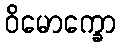
ဝိမောက္ခော